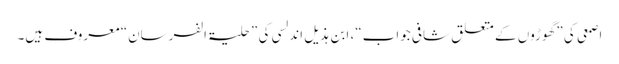
اصمعی کی ”گھوڑوں کے متعلق شافی جواب“، ابن ہذیل اندلسی کی ”حلیۃ الفرسان“ معروف ہیں۔